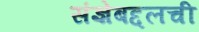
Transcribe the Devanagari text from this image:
संज्ञेबद्दलची